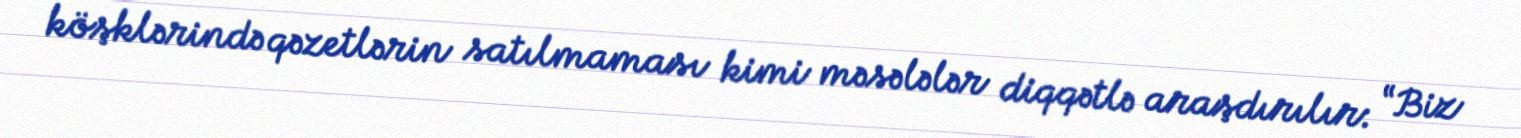
köşklərində qəzetlərin satılmaması kimi məsələlər diqqətlə araşdırılır: “Biz